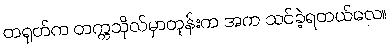
တရုတ်က တက္ကသိုလ်မှာတုန်းက အက သင်ခဲ့ရတယ်လေ။